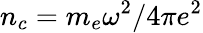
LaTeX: n_{c}=m_{e}\omega^{2}/4\pi e^{2}